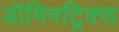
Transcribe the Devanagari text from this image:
डॉमिनट्रिक्स